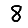
Digit: 8